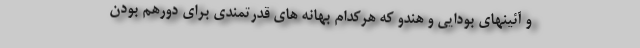
و آئینهای بودایی و هندو که هرکدام بهانه های قدرتمندی برای دورهم بودن